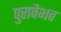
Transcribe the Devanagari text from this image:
पुरावैभव